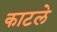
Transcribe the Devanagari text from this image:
काटले